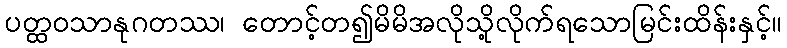
ပတ္ထဝသာနုဂတဿ၊ တောင့်တ၍မိမိအလိုသို့လိုက်ရသောမြင်းထိန်းနှင့်။